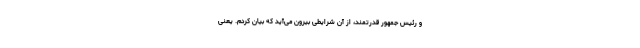
و رئیس جمهور قدرتمند، از آن شرایطی بیرون می‌آید که بیان کردم. یعنی